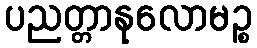
ပညတ္တာနုလောမဉ္စ